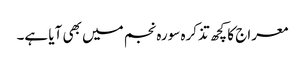
معراج کا کچھ تذکرہ سورہ نجم میں بھی آیا ہے۔